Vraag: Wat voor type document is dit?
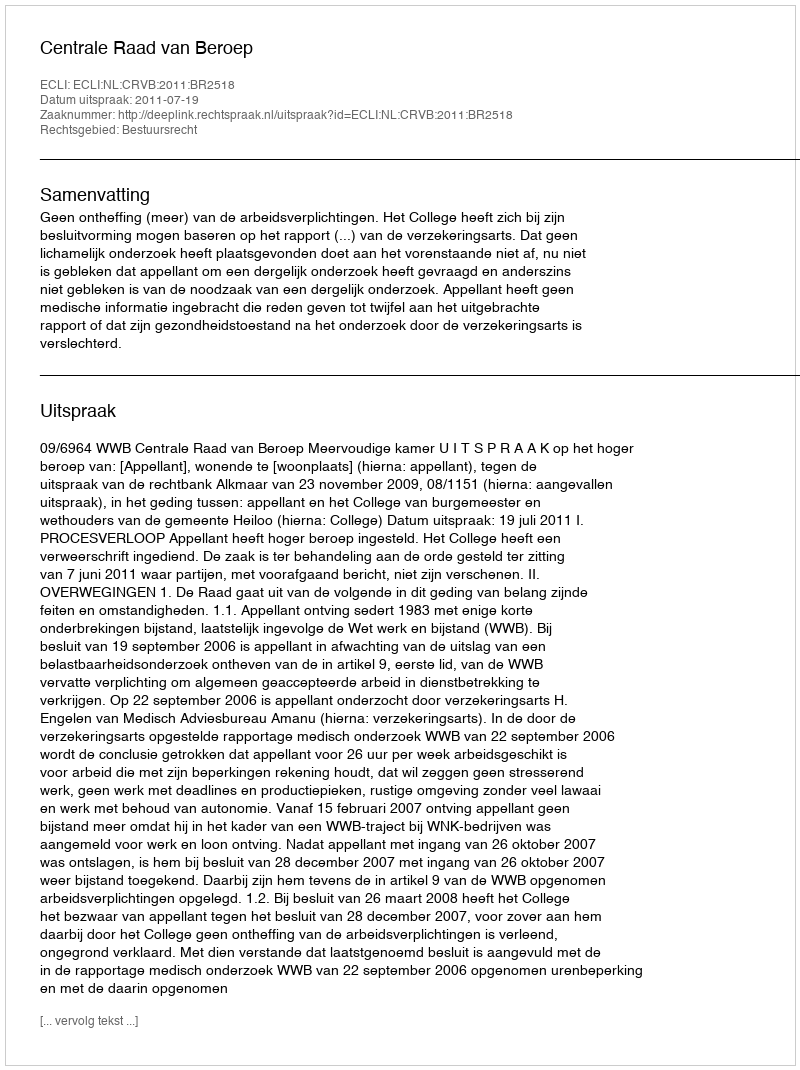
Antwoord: Uitspraak